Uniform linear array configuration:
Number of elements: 24
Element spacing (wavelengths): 0.25
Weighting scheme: uniform
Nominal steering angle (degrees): -30
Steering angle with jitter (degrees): -31.558
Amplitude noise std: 0.05
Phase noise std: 0.05

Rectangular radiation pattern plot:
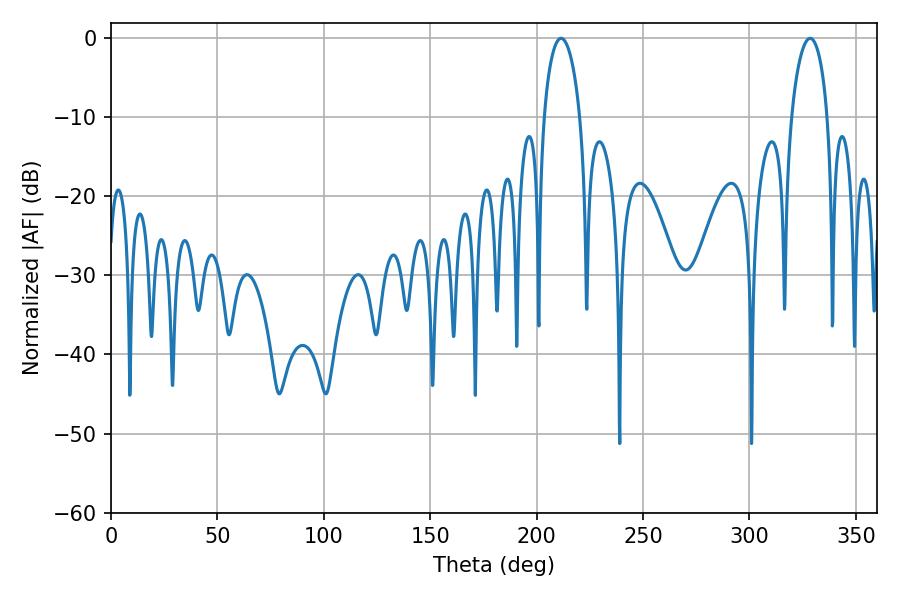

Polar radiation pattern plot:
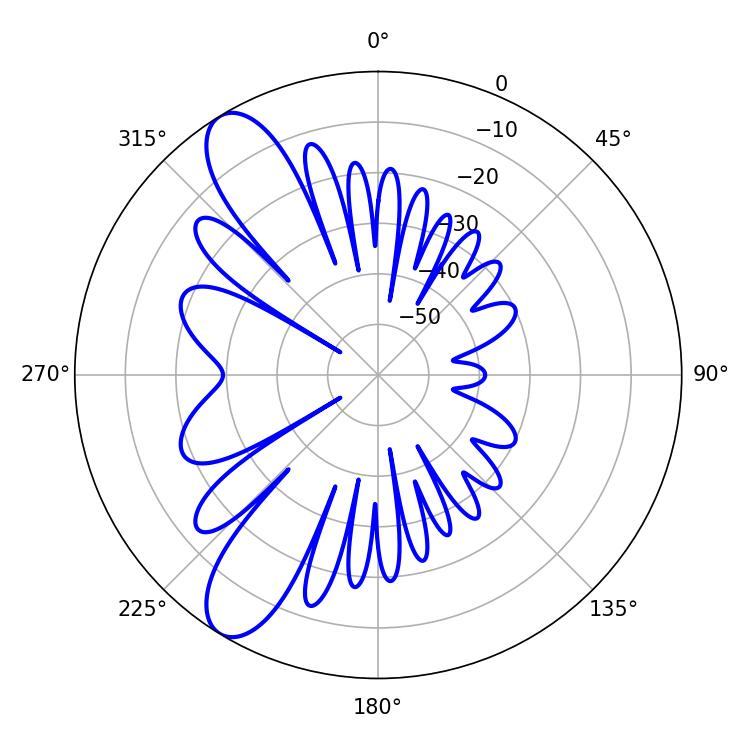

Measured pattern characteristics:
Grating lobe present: FALSE
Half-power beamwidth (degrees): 9.72
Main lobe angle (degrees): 211.5